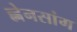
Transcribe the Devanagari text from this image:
ह्नेनसांग